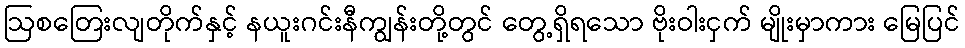
ဩစတြေးလျတိုက်နှင့် နယူးဂင်းနီကျွန်းတို့တွင် တွေ့ရှိရသော ဗိုးဝါးငှက် မျိုးမှာကား မြေပြင်